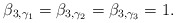
\begin{align*}\beta_{3,\gamma_1}=\beta_{3,\gamma_2}=\beta_{3,\gamma_3}=1. \end{align*}